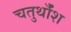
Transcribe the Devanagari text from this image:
चतुर्थाँश